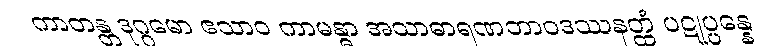
ကာတန္တ ဒုဂ္ဂမော ဧသာဝ ကာမန္ဓာ အသာဓာရဏဘာဝဒဿနတ္ထံ ပဋုပ္ပန္နေ